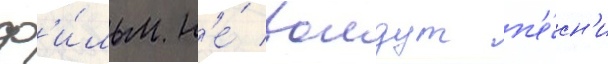
ф'и́льм н'е́ воидут п'е́сн'и